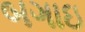
બગાઇ